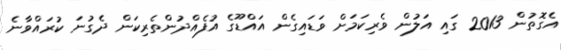
އެގޮތުން 2013 ގައި އަލުން ވެރިކަމަށް ވަޑައިގެން އައްޑޫގެ އުފެއްދުންތެރިކަން ދެގުނަ ކުރައްވާނެ